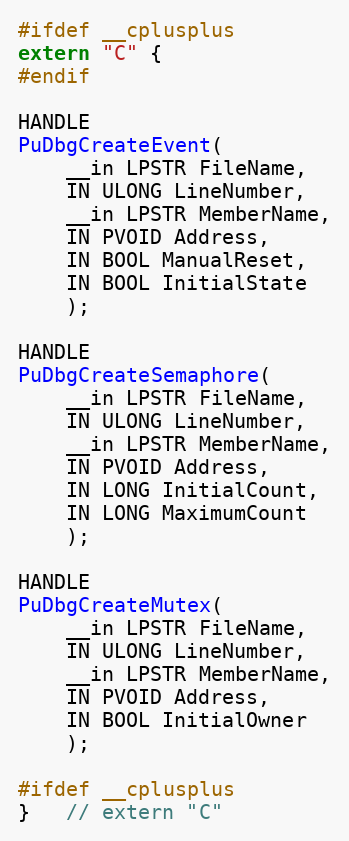
Language: C
#ifdef __cplusplus
extern "C" {
#endif

HANDLE
PuDbgCreateEvent(
    __in LPSTR FileName,
    IN ULONG LineNumber,
    __in LPSTR MemberName,
    IN PVOID Address,
    IN BOOL ManualReset,
    IN BOOL InitialState
    );

HANDLE
PuDbgCreateSemaphore(
    __in LPSTR FileName,
    IN ULONG LineNumber,
    __in LPSTR MemberName,
    IN PVOID Address,
    IN LONG InitialCount,
    IN LONG MaximumCount
    );

HANDLE
PuDbgCreateMutex(
    __in LPSTR FileName,
    IN ULONG LineNumber,
    __in LPSTR MemberName,
    IN PVOID Address,
    IN BOOL InitialOwner
    );

#ifdef __cplusplus
}   // extern "C"